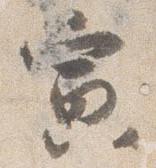
寅